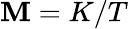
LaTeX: \mathbf{M}=K/T